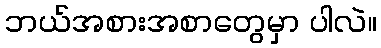
ဘယ်အစားအစာတွေမှာ ပါလဲ။